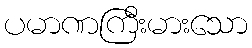
ပမာဏကြီးမားသော